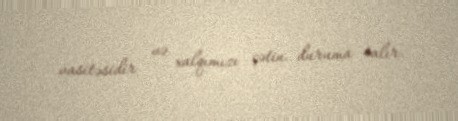
vasitəsidir və xalqımızı çətin duruma salır.